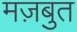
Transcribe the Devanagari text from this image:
मज़बुत